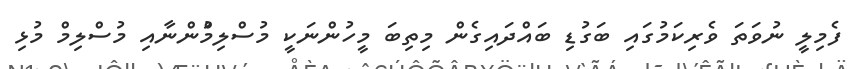
ފެމިލީ ނުވަތަ ވެރިކަމުގައި ބަގުޑި ބައްދައިގެން މިތިބަ މީހުންނަކީ މުސްލިމްުންނާއި މުސްލިމް މުޅި